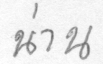
น่าน